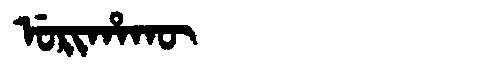
Manchu: ᡠᡵᡳᡥᠠᡴᡡ
Romanization: URIHAKŪ